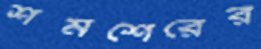
শমশেরের